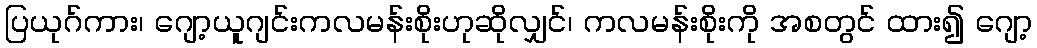
ပြယုဂ်ကား၊ ဂျော့ယူဂျင်းကလမန်းစိုးဟုဆိုလျှင်၊ ကလမန်းစိုးကို အစတွင် ထား၍ ဂျော့